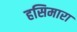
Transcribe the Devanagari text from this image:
हसिमारा